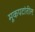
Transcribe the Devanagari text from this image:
मूकपटांतील